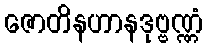
ဇောတိနဟာနဒုဗ္ဗဏ္ဏံ